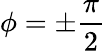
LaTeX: \phi=\pm\frac{\pi}{2}